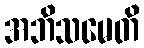
အဘိသမေတိ